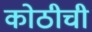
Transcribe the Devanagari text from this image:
कोठीची